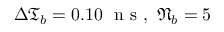
\Delta \mathfrak { T } _ { b } = 0 . 1 0 \ \mathrm { ~ n ~ s ~ } , \ \mathfrak { N } _ { b } = 5